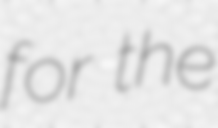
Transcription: for the